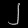
Digit: ၂